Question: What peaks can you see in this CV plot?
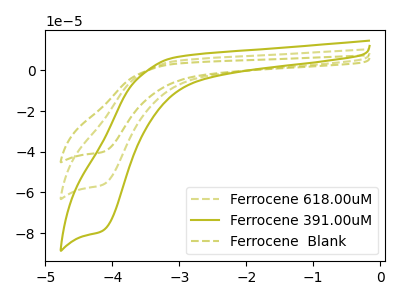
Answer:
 <answer>The olive dashed curve "Ferrocene 618.00uM" has a cathodic peak at: (-4.15V, -56.45uA). The olive curve "Ferrocene 391.00uM" has a cathodic peak at: (-4.15V, -79.10uA). The olive dashed curve "Ferrocene  Blank" has a cathodic peak at: (-4.15V, -112.85uA).</answer>
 <eval></eval>